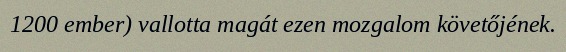
1200 ember) vallotta magát ezen mozgalom követőjének.